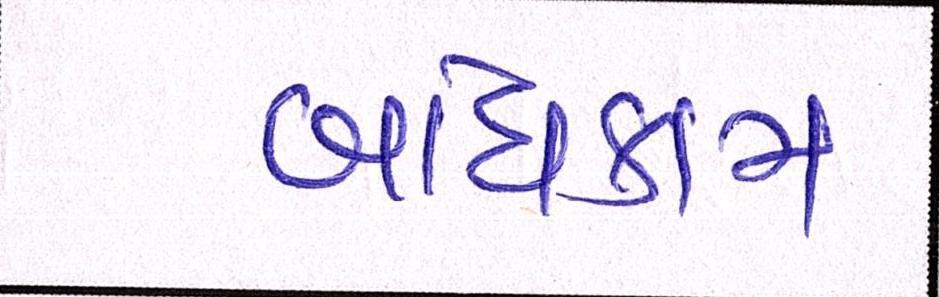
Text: બાંધકામ